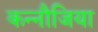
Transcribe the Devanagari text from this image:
कन्नौजिया